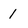
Character: 1